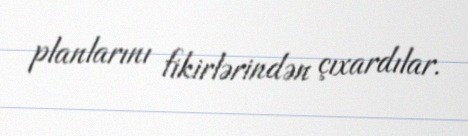
planlarını fikirlərindən çıxardılar.